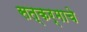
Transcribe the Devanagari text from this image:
सत्कर्माचे